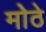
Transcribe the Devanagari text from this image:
मोेठे